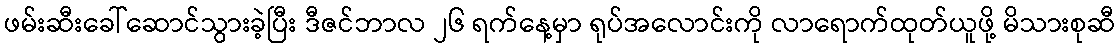
ဖမ်းဆီးခေါ်ဆောင်သွားခဲ့ပြီး ဒီဇင်ဘာလ ၂၆ ရက်နေ့မှာ ရုပ်အလောင်းကို လာရောက်ထုတ်ယူဖို့ မိသားစုဆီ